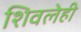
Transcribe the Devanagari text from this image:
शिवलेही